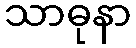
သာဓုနာ